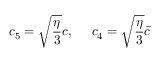
c _ { 5 } = \sqrt { \frac { \eta } { 3 } } c , \ \ \ \ c _ { 4 } = \sqrt { \frac { \eta } { 3 } } \bar { c }